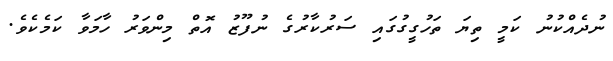
ނުދެއްކުނު ކަމީ ތިޔަ ތަހުގީގުގައި ސަރުކާރުގެ ނުފޫޒު އޮތް މިންވަރު ހާމަވާ ކަމެކެވެ.